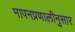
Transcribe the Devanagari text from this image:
मापनप्रणालीनुसार